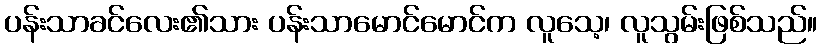
ပန်းသာခင်လေး၏သား ပန်းသာမောင်မောင်က လူသေ့၊ လူသွမ်းဖြစ်သည်။